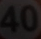
40